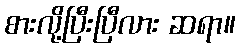
စားလို့ပြီးပြီလား ဆရာ။